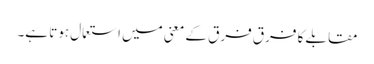
مقابلے کا فرق فرق کے معنی میں استعمال ہوتا ہے۔